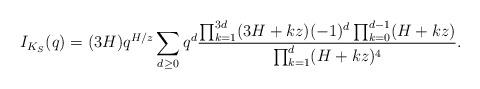
LaTeX: \begin{align*} I_{K_S}(q)=(3H)q^{H/z}\sum_{d\geq 0}q^d\frac{\prod_{k=1}^{3d}(3H+kz)(-1)^d\prod_{k=0}^{d-1}(H+kz)}{\prod_{k=1}^d(H+kz)^4}.\end{align*}